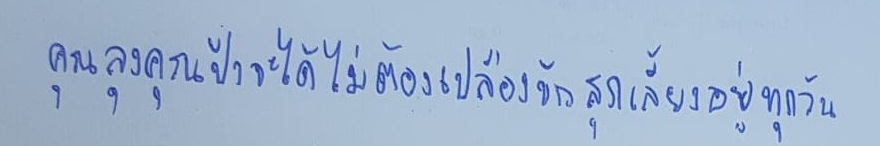
คุณลุงคุณป้าจะได้ไม่ต้องเปลืองข้าวสุกเลี้ยงอยู่ทุกวัน